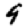
Digit: 9